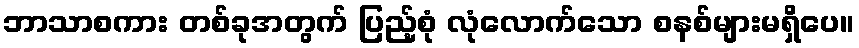
ဘာသာစကား တစ်ခုအတွက် ပြည့်စုံ လုံလောက်သော စနစ်များမရှိပေ။